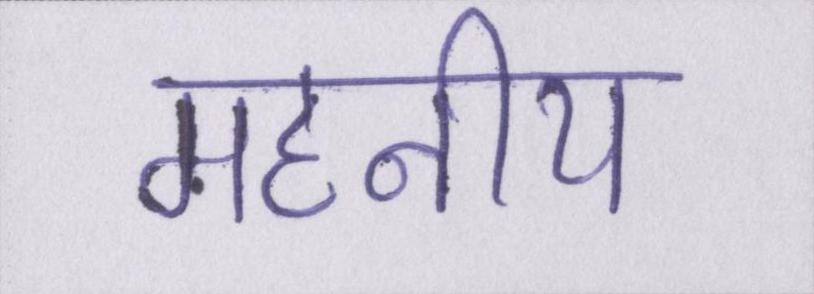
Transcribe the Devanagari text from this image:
महनीय